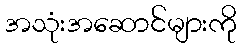
အသုံးအဆောင်များကို